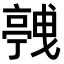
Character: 𬽛